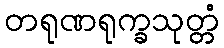
တရုဏရုက္ခသုတ္တံ